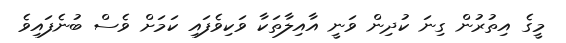
މީގެ އިތުރުން ގިނަ ކުދިން ވަނީ އާއިލާތަކާ ވަކިވެފައި ކަމަށް ވެސް ބުނެފައިވެ